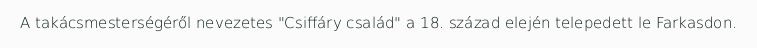
A takácsmesterségéről nevezetes "Csiffáry család" a 18. század elején telepedett le Farkasdon.